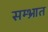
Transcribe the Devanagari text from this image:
सम्भ्रात